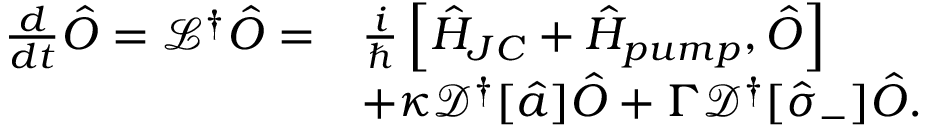
\begin{array} { r l } { \frac { d } { d t } \hat { O } = \mathcal { L } ^ { \dag } \hat { O } = } & { \frac { i } { \hbar } \left[ \hat { H } _ { J C } + \hat { H } _ { p u m p } , \hat { O } \right] } \\ & { + \kappa { \mathcal { D ^ { \dagger } } [ \hat { a } ] \hat { O } } + \Gamma { \mathcal { D ^ { \dagger } } [ \hat { \sigma } _ { - } ] \hat { O } } . } \end{array}